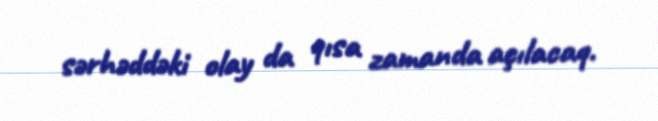
sərhəddəki olay da qısa zamanda açılacaq.